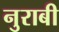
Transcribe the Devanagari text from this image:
नुराबी